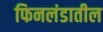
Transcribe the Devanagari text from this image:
फिनलंडातील